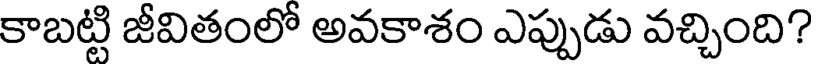
కాబట్టి జీవితంలో అవకాశం ఎప్పుడు వచ్చింది?